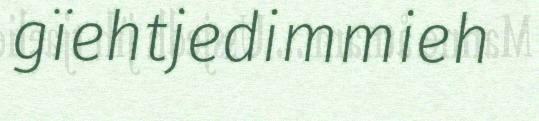
gïehtjedimmieh